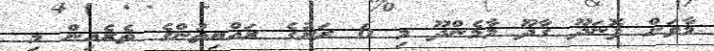
މާވަށް ފޮނަދޫ ގާދޫ މާމެންދޫ މި 6 ރަށުގެ ރައްޔިތުންގެ ތެރެއިން މި